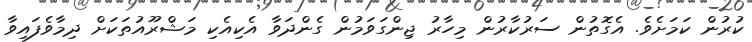
ކުރުން ކަމަށެވެ. އެގޮތުން ސަރުކާރުން މިހާރު ޖިންގަވަމުން ގެންދަވާ އެކިއެކި މަޝްރޫއުތަކަށް ދިމާވެފައިވާ